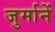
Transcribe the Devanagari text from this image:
जुर्मानें